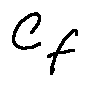
c _ { f }